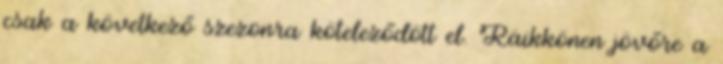
csak a következő szezonra köteleződött el. Räikkönen jövőre a